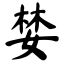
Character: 婪